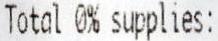
TOTAL 0% SUPPLIES: